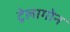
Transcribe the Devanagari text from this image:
ट्रेलागोन